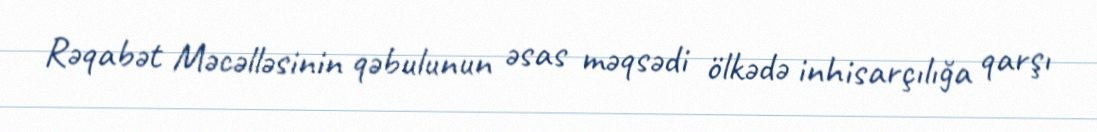
Rəqabət Məcəlləsinin qəbulunun əsas məqsədi ölkədə inhisarçılığa qarşı